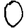
Digit: 0